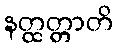
နတ္ထတ္တာတိ